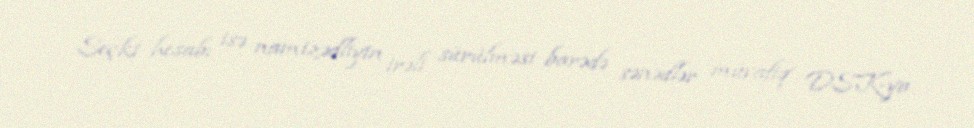
Seçki hesabı isə namizədliyin irəli sürülməsi barədə sənədlər müvafiq DSK-ya